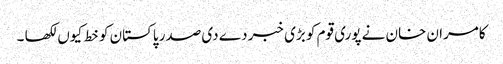
کامران خان نے پوری قوم کو بڑی خبر دے دی صدر پاکستان کو خط کیوں لکھا ۔